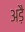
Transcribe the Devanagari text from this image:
अड़ै